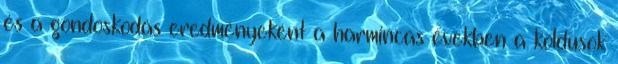
és a gondoskodás eredményeként a harmincas években a koldusok